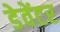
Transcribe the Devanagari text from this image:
डेवेंटर